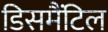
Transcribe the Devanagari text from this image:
डिसमैंटिल